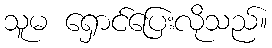
သူမ ရှောင်ပြေးလိုသည်။